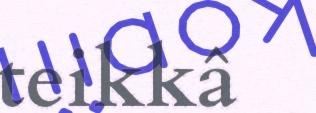
teikkâ